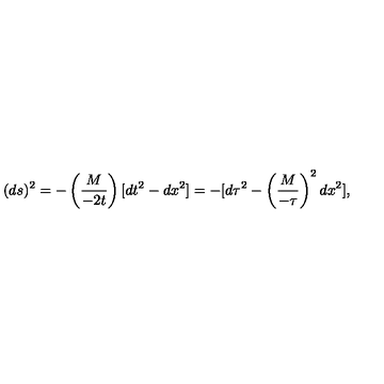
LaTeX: ( d s ) ^ { 2 } = - \left( \frac { M } { - 2 t } \right) [ d t ^ { 2 } - d x ^ { 2 } ] = - [ d \tau ^ { 2 } - \left( { \frac { M } { - \tau } } \right) ^ { 2 } d x ^ { 2 } ] ,